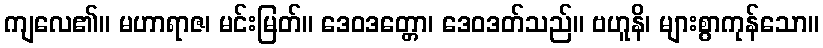
ကျလေ၏။ မဟာရာဇ၊ မင်းမြတ်။ ဒေဝဒတ္တော၊ ဒေဝဒတ်သည်။ ဗဟူနိ၊ များစွာကုန်သော။